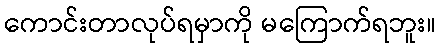
ကောင်းတာလုပ်ရမှာကို မကြောက်ရဘူး။